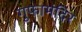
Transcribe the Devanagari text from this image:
गुफामंदिर